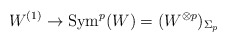
\begin{align*}W^{(1)} \to \mathrm{Sym}^p(W)=(W^{\otimes p})_{\Sigma_p}\end{align*}